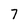
Character: 7